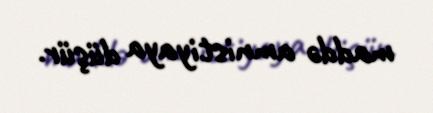
maddə amnistiyaya düşür.